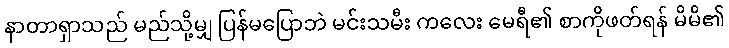
နာတာရှာသည် မည်သို့မျှ ပြန်မပြောဘဲ မင်းသမီး ကလေး မေရီ၏ စာကိုဖတ်ရန် မိမိ၏